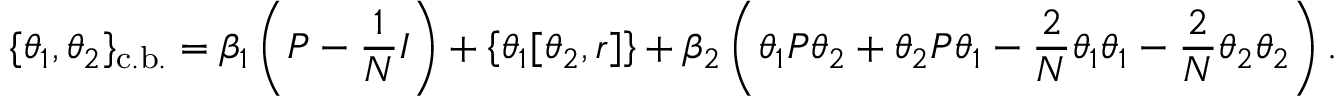
\{ \theta _ { 1 } , \theta _ { 2 } \} _ { \mathrm { c . b . } } = \beta _ { 1 } \left( P - \frac { 1 } { N } I \right) + \left\{ \theta _ { 1 } [ \theta _ { 2 } , r ] \right\} + \beta _ { 2 } \left( \theta _ { 1 } P \theta _ { 2 } + \theta _ { 2 } P \theta _ { 1 } - \frac { 2 } { N } \theta _ { 1 } \theta _ { 1 } - \frac { 2 } { N } \theta _ { 2 } \theta _ { 2 } \right) .